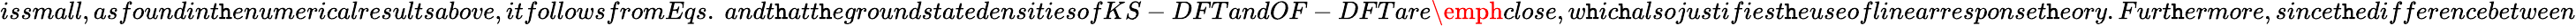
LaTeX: issmall,asfoundint\mathtt{h}enumericalresultsabove,itfollowsfromEqs.~andt\mathtt{h}att\mathtt{h}egroundstatedensitiesofKS-DFTandOF-DFTare\emph{{close}},w\mathtt{h}ic\mathtt{h}alsojustifiest\mathtt{h}euseoflinearresponset\mathtt{h}eory.Furt\mathtt{h}ermore,sincet\mathtt{h}edifferencebetween